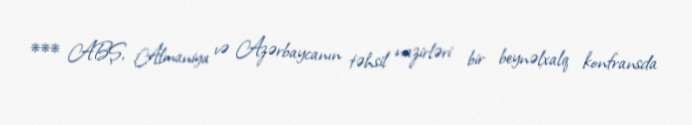
*** ABŞ, Almaniya və Azərbaycanın təhsil nazirləri bir beynəlxalq konfransda